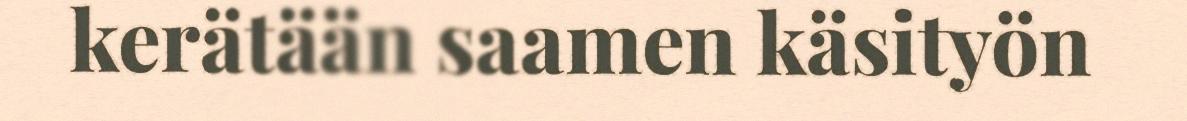
kerätään saamen käsityön